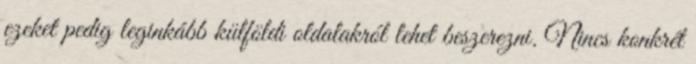
ezeket pedig leginkább külföldi oldalakról lehet beszerezni. Nincs konkrét